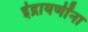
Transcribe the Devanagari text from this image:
इंद्रायणींना